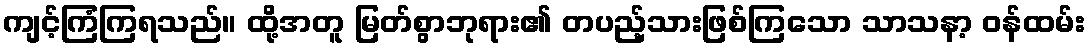
ကျင့်ကြံကြရသည်။ ထို့အတူ မြတ်စွာဘုရား၏ တပည့်သားဖြစ်ကြသော သာသနာ့ ဝန်ထမ်း